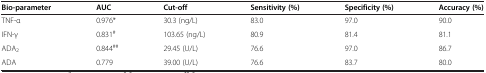
<table><thead><tr><td><b>Bio-parameter</b></td><td><b>AUC</b></td><td><b>Cut-off</b></td><td><b>Sensitivity (%)</b></td><td><b>Specificity (%)</b></td><td><b>Accuracy (%)</b></td></tr></thead><tbody><tr><td>TNF-α</td><td>0.976*</td><td>30.3 (ng/L)</td><td>83.0</td><td>97.0</td><td>90.0</td></tr><tr><td>IFN-γ</td><td>0.831<sup>#</sup></td><td>103.65 (ng/L)</td><td>80.9</td><td>81.4</td><td>81.1</td></tr><tr><td>ADA<sub>2</sub></td><td>0.844<sup>##</sup></td><td>29.45 (U/L)</td><td>76.6</td><td>97.0</td><td>86.7</td></tr><tr><td>ADA</td><td>0.779</td><td>39.00 (U/L)</td><td>76.6</td><td>83.7</td><td>80.0</td></tr></tbody></table>